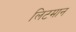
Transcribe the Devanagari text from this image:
लिटमान